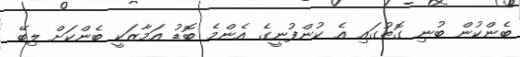
ބެންކުން ބުނި ގޮތުގައި އެ ކުންފުނީގެ އެންމެ ބޮޑު އަމާޒަކީ ބެންކަށް ލިބޭ